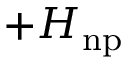
+ H _ { \mathrm { n p } }